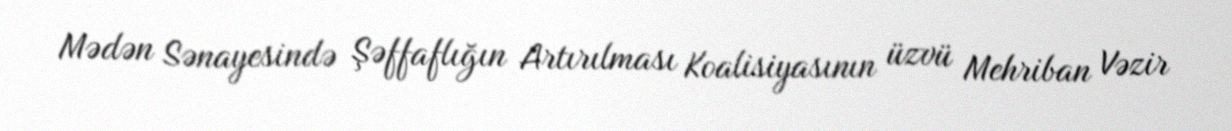
Mədən Sənayesində Şəffaflığın Artırılması Koalisiyasının üzvü Mehriban Vəzir